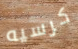
كرسيه